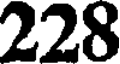
228